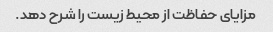
مزایای حفاظت از محیط زیست را شرح دهد.